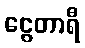
ငွေတာရီ